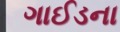
ગાઈડના